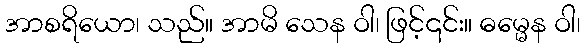
အာစရိယော၊ သည်။ အာမိ သေန ဝါ၊ ဖြင့်၎င်း။ ဓမ္မေန ဝါ၊